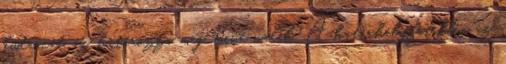
kudarcát, az határozza meg, mivé válik. A határhelyzetekben az